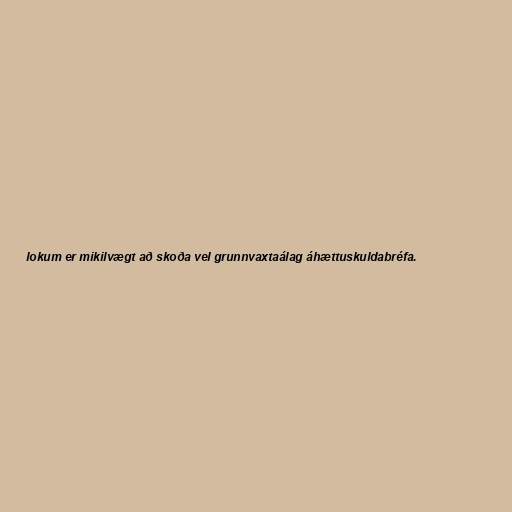
lokum er mikilvægt að skoða vel grunnvaxtaálag áhættuskuldabréfa.